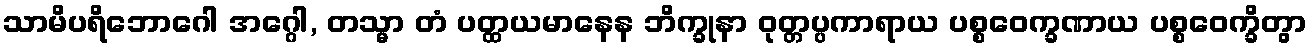
သာမိပရိဘောဂေါ အဂ္ဂေါ, တသ္မာ တံ ပတ္ထယမာနေန ဘိက္ခုနာ ဝုတ္တပ္ပကာရာယ ပစ္စဝေက္ခဏာယ ပစ္စဝေက္ခိတွာ